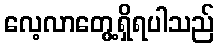
လေ့လာတွေ့ရှိရပါသည်